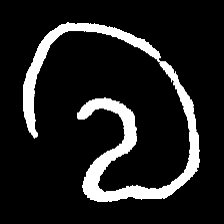
Pyu character \u2014 Myanmar letter: လ (romanized: la)